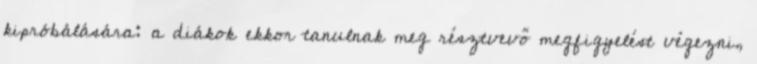
kipróbálására: a diákok ekkor tanulnak meg résztvevő megfigyelést végezni,